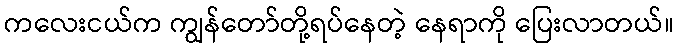
ကလေးငယ်က ကျွန်တော်တို့ရပ်နေတဲ့ နေရာကို ပြေးလာတယ်။